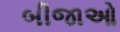
બીજાઓ